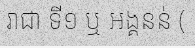
រាជា ទី១ ឬ អង្គនន់ (